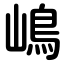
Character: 嶋